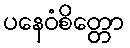
ပနေဝံစိတ္တော